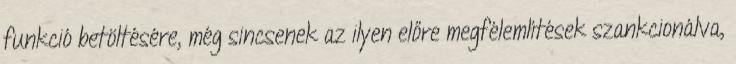
funkció betöltésére, még sincsenek az ilyen előre megfélemlítések szankcionálva,